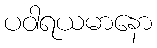
ပဝါရယမာနော